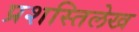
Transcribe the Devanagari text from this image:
प्रशस्तिलेख